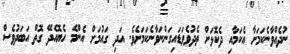
ނުދެއްވާނެކަމަށާ އެކަމާއި ދެކޮޅަށް ތެދުވެވަޑައިގަންނަވާނެކަމަށެވެ. އަދި ގައުމަށް އެންމެ ހެޔޮއެދޭ ގޮތް އަބަދުވެސް